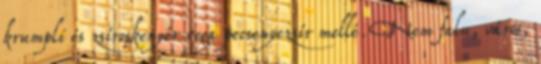
krumpli és zsíroskenyér vega pecsenyezsír mellé. Nem falu, város,